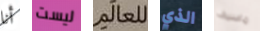
أنا ليست للعالم الذي ماسيف